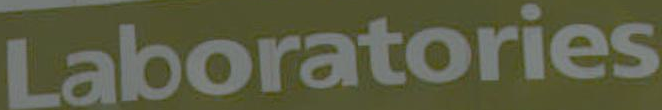
Laboratories